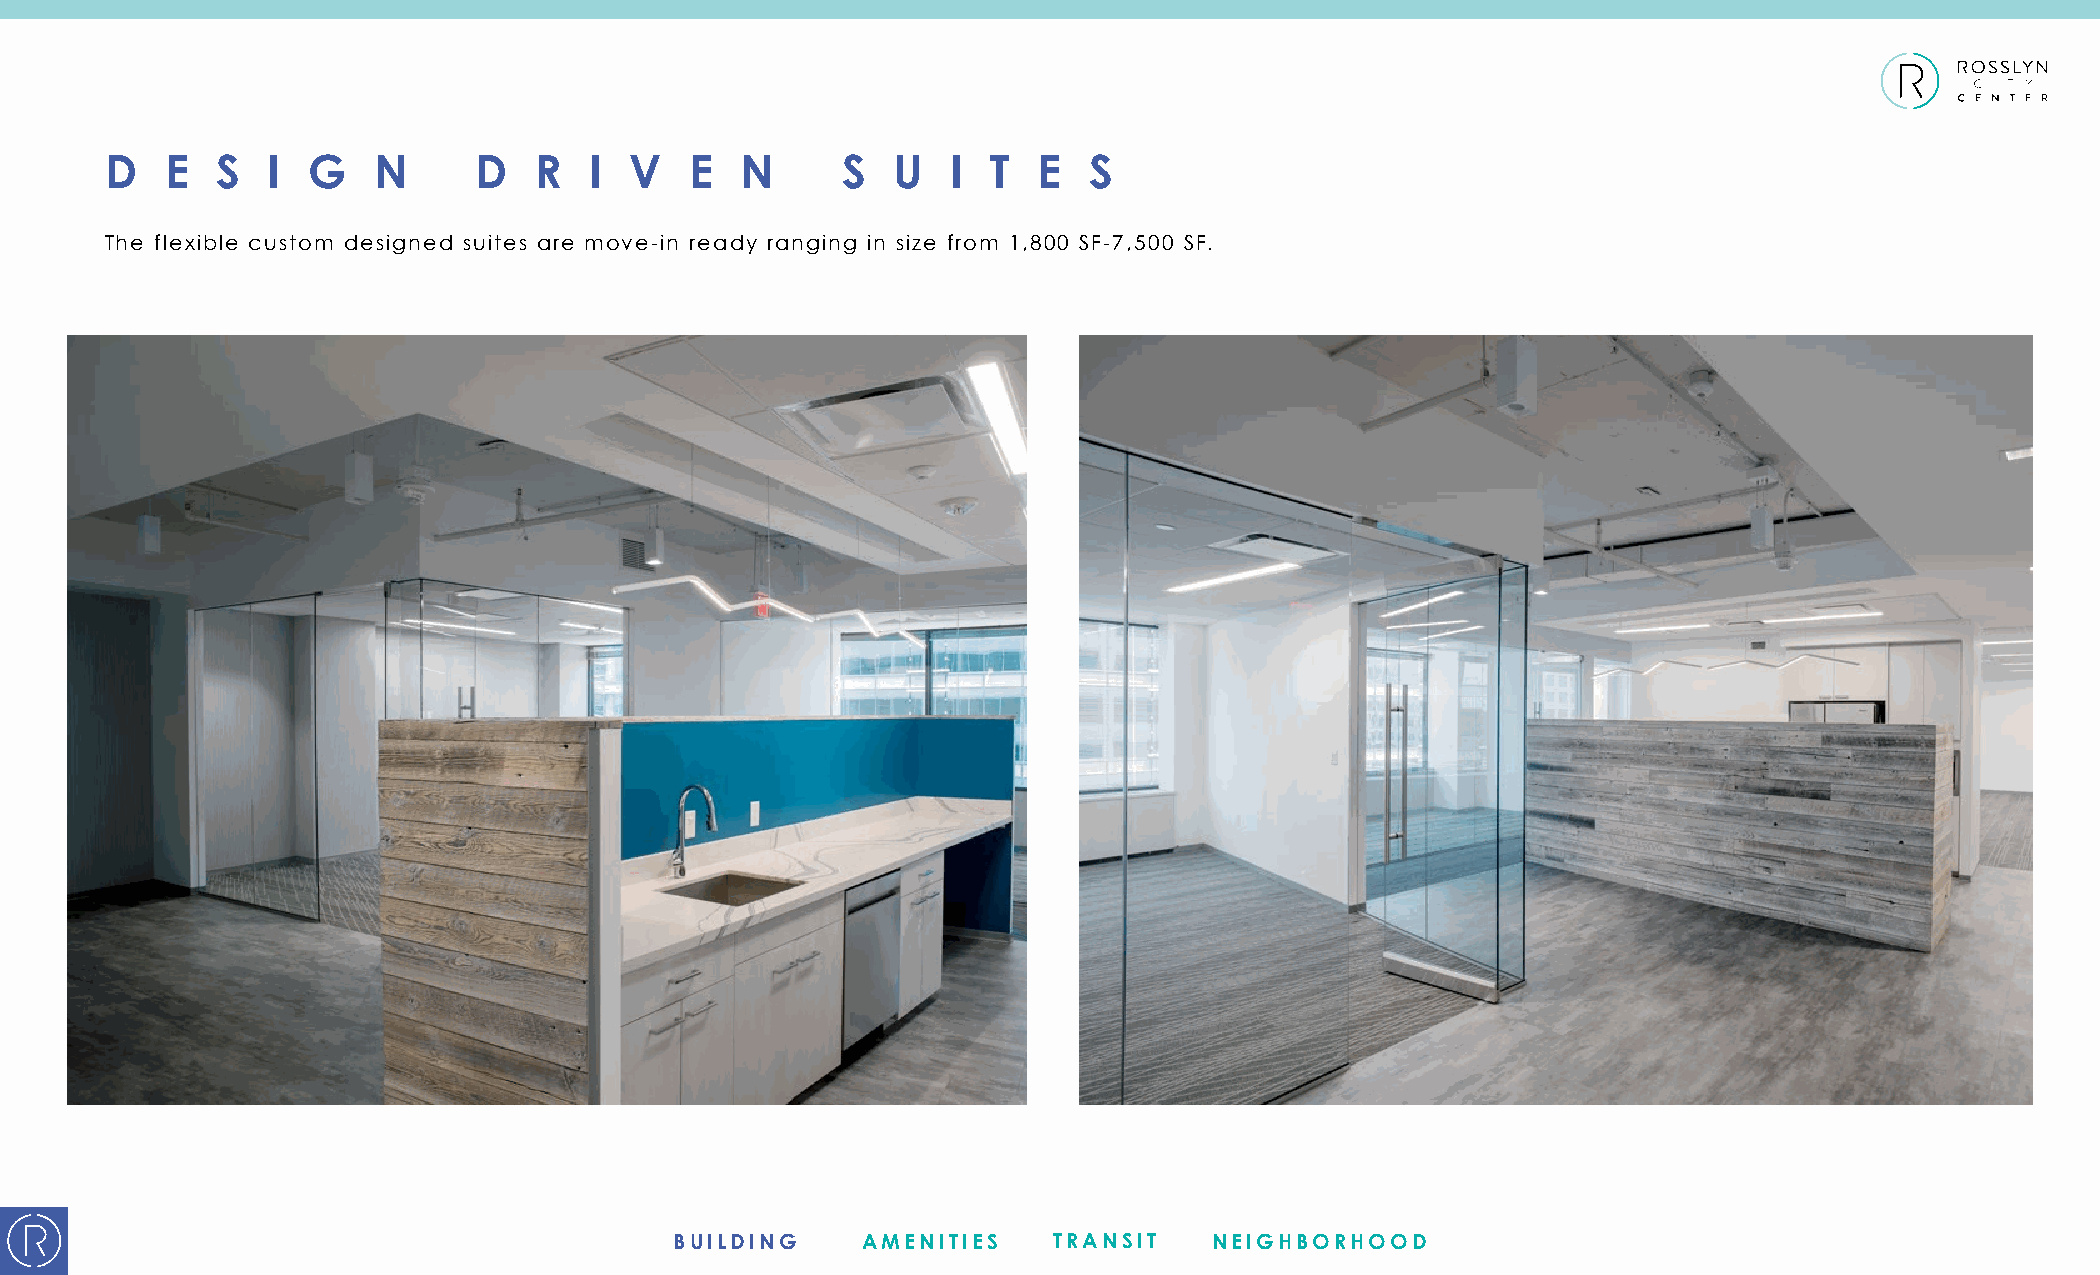
D   E  S   I G    N     D   R   I  V   E  N      S  U   I  T  E  S
 The flexible custom designed suites are move-in ready ranging in size from 1,800 SF-7,500 SF.
 BUILDING    AMENITIES    TRANSIT   NEIGHBORHOOD